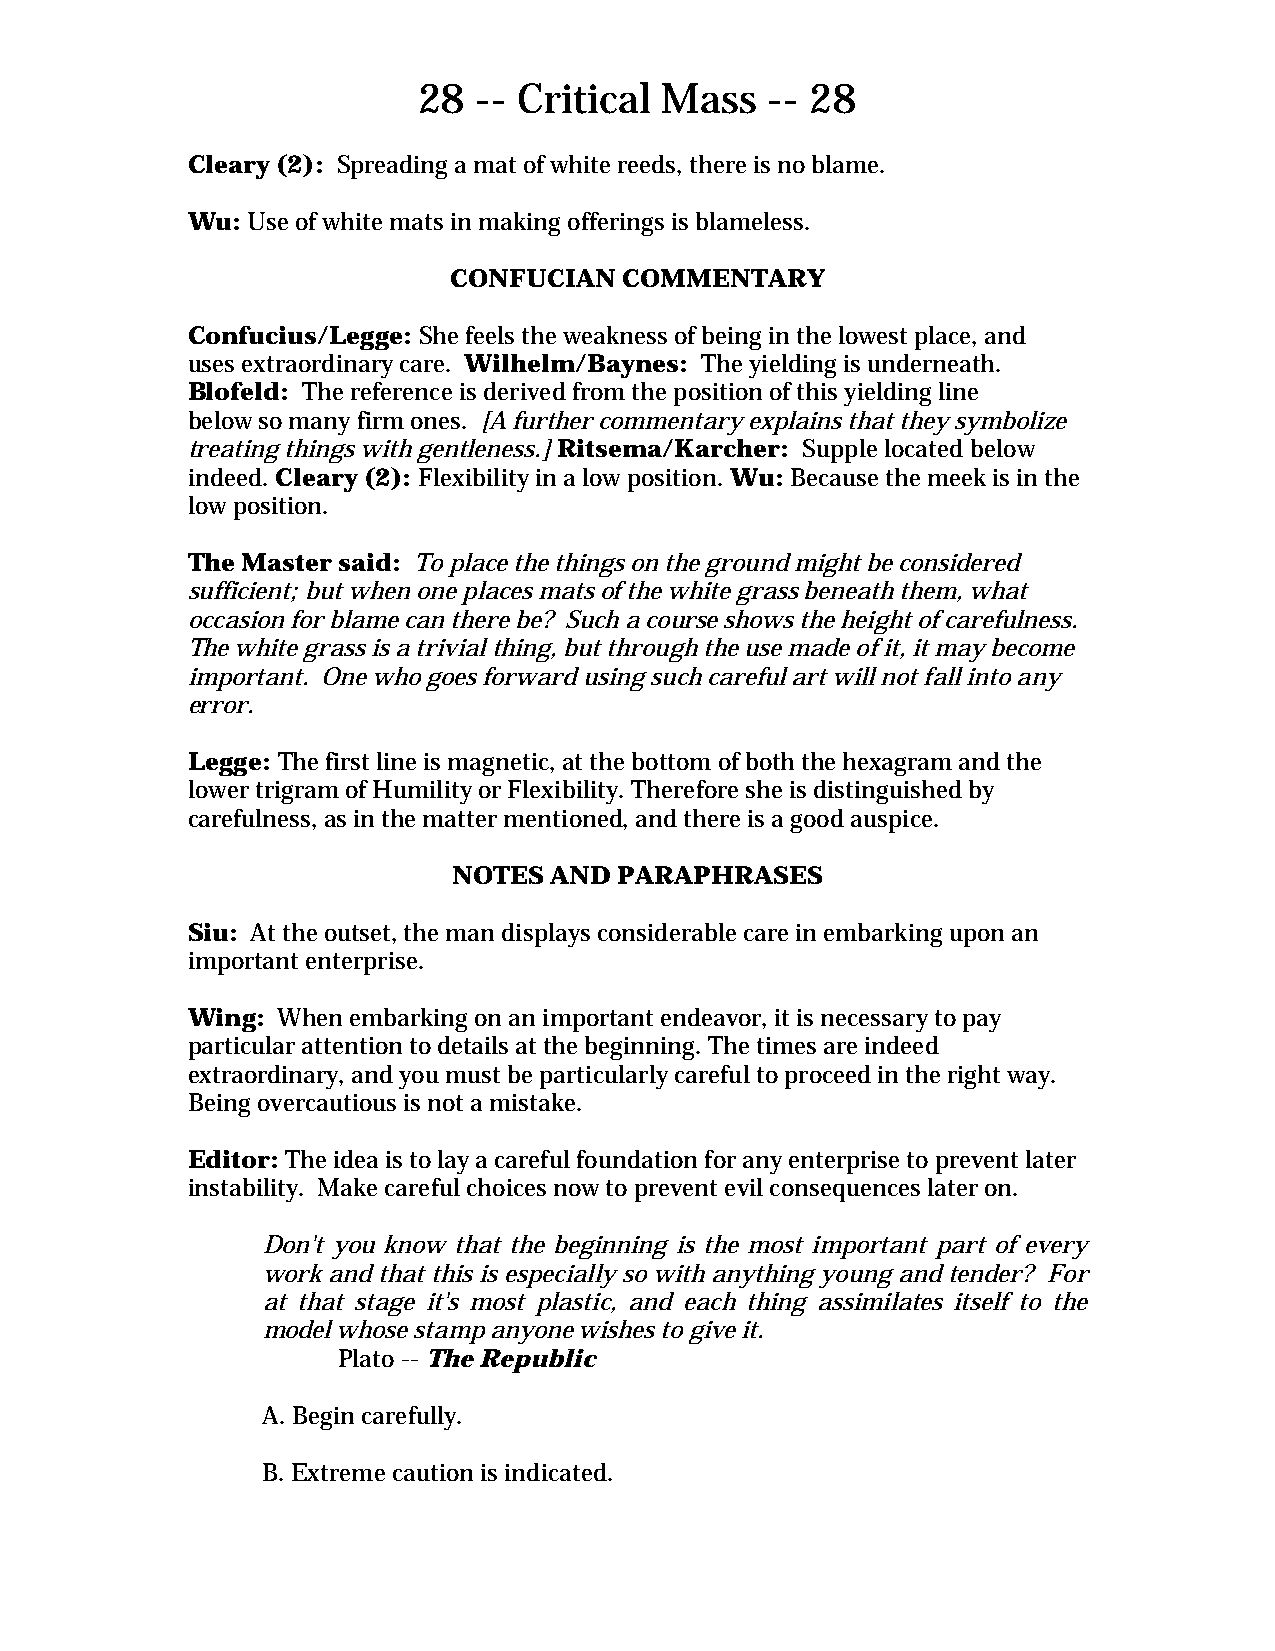
28  -- Critical Mass   -- 28
 Cleary (2): Spreading a mat of white reeds, there is no blame.
 Wu: Use of white mats in making offerings is blameless.
 CONFUCIAN  COMMENTARY
 Confucius/Legge: She feels the weakness of being in the lowest place, and
 uses extraordinary care. Wilhelm/Baynes: The yielding is underneath.
 Blofeld: The reference is derived from the position of this yielding line
 below so many firm ones. [A further commentary explains that they symbolize
 treating things with gentleness.] Ritsema/Karcher: Supple located below
 indeed. Cleary (2): Flexibility in a low position. Wu: Because the meek is in the
 low position.
 The Master said: To place the things on the ground might be considered
 sufficient; but when one places mats of the white grass beneath them, what
 occasion for blame can there be? Such a course shows the height of carefulness.
 The white grass is a trivial thing, but through the use made of it, it may become
 important. One who goes forward using such careful art will not fall into any
 error.
 Legge: The first line is magnetic, at the bottom of both the hexagram and the
 lower trigram of Humility or Flexibility. Therefore she is distinguished by
 carefulness, as in the matter mentioned, and there is a good auspice.
 NOTES AND  PARAPHRASES
 Siu: At the outset, the man displays considerable care in embarking upon an
 important enterprise.
 Wing: When embarking on an important endeavor, it is necessary to pay
 particular attention to details at the beginning. The times are indeed
 extraordinary, and you must be particularly careful to proceed in the right way.
 Being overcautious is not a mistake.
 Editor: The idea is to lay a careful foundation for any enterprise to prevent later
 instability. Make careful choices now to prevent evil consequences later on.
 Don't you know that the beginning is the most important part of every
 work and that this is especially so with anything young and tender? For
 at that stage it's most plastic, and each thing assimilates itself to the
 model whose stamp anyone wishes to give it.
 Plato -- The Republic
 A. Begin carefully.
 B. Extreme caution is indicated.